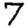
Digit: 7